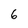
Character: 6